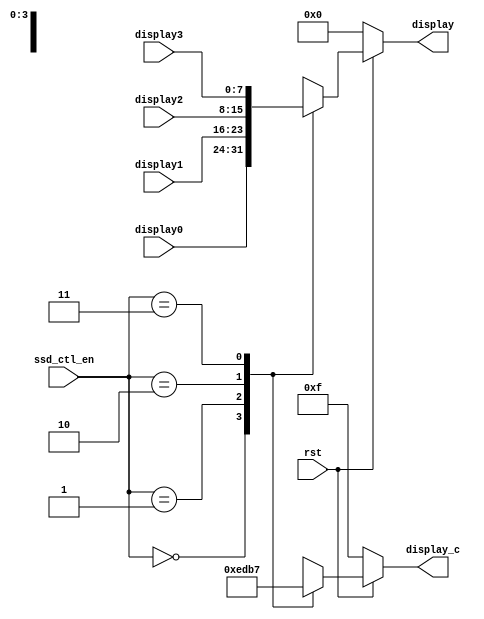
module ssd_ctl(display_c, display, ssd_ctl_en, display0, display1, display2, display3,rst);
input rst;
input [1:0] ssd_ctl_en;
input [7:0] display0, display1, display2, display3; 
output [7:0] display;
reg [7:0] display;
output [3:0] display_c;
reg [3:0] display_c;
always @(ssd_ctl_en or display0 or display1 or display2 or display3 or rst)
// display value selection
if(~rst)
display = 8'd0;
else begin
case(ssd_ctl_en)
2'b00: display = display0;
2'b01: display = display1;
2'b10: display = display2;
2'b11: display = display3;
default : display = 8'd0;
endcase
end

// 7-segment control
always @(ssd_ctl_en or ~rst)
if(~rst)
 display_c = 4'b1111;
else begin
case(ssd_ctl_en)
2'b00: display_c = 4'b1110;
2'b01: display_c = 4'b1101;
2'b10: display_c = 4'b1011; 
2'b11: display_c = 4'b0111; 
default : display_c = 4'b1111;
endcase
end
endmodule